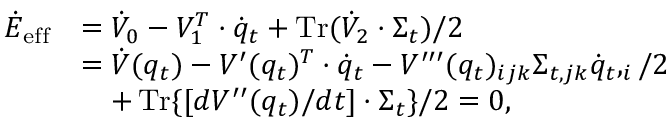
\begin{array} { r l } { \dot { E } _ { \mathrm { e f f } } } & { = \dot { V } _ { 0 } - V _ { 1 } ^ { T } \cdot \dot { q } _ { t } + \operatorname { T r } ( \dot { V } _ { 2 } \cdot \Sigma _ { t } ) / 2 } \\ & { = \dot { V } ( q _ { t } ) - V ^ { \prime } ( q _ { t } ) ^ { T } \cdot \dot { q } _ { t } - V ^ { \prime \prime \prime } ( q _ { t } ) _ { i j k } \Sigma _ { t , j k } \dot { q } _ { t } , _ { i } / 2 } \\ & { ~ ~ ~ + \operatorname { T r } \{ [ d V ^ { \prime \prime } ( q _ { t } ) / d t ] \cdot \Sigma _ { t } \} / 2 = 0 , } \end{array}